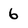
Character: 6